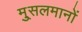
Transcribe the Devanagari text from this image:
मु्सलमानों